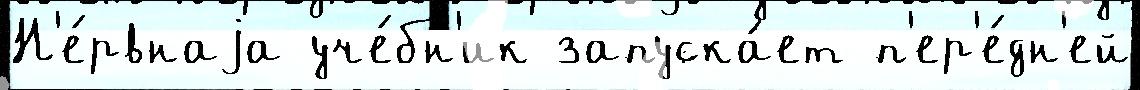
Н'е́рвнаjа уче́бн'ик запуска́ет п'ер'е́дн'ей